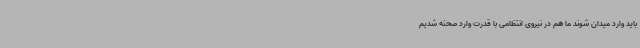
باید وارد میدان شوند ما هم در نیروی انتظامی با قدرت وارد صحنه شدیم